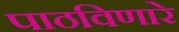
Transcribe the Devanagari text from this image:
पाठविणारे